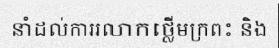
នាំដល់ការរលាកថ្លើមក្រពះ និង